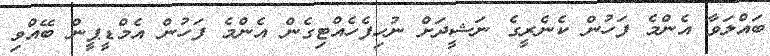
ބައްލަވާ އެންމެ ފަހުން ކެނެރީގެ ނަޝީދަށް ނުހިފެހެއްޓިގެން އެންމެ ފަހުން އެމްޑީޕީން ބޭއްވި